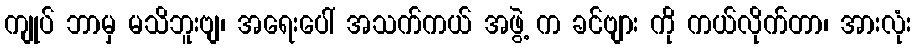
ကျုပ် ဘာမှ မသိဘူးဗျ၊ အရေးပေါ် အသက်ကယ် အဖွဲ့ က ခင်ဗျား ကို ကယ်လိုက်တာ၊ အားလုံး